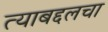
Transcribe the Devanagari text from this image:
त्याबद्दलचा